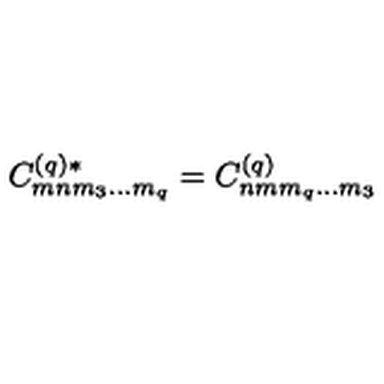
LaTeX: C _ { m n m _ { 3 } \ldots m _ { q } } ^ { ( q ) * } = C _ { n m m _ { q } \ldots m _ { 3 } } ^ { ( q ) }